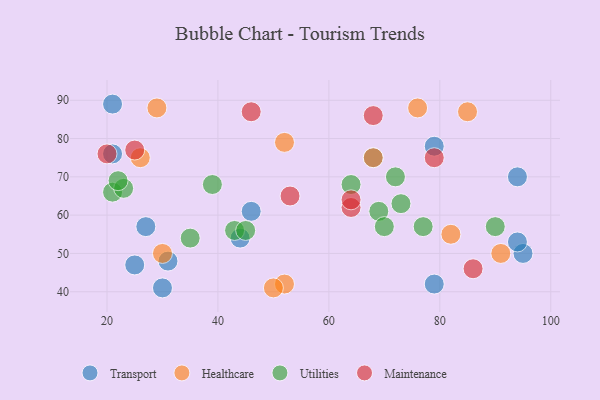
{"axis": {"x": "GDP", "y": "Life Expectancy"}, "legend": ["Healthcare", "Maintenance", "Transport", "Utilities"], "data": [{"x": "46", "y": 61, "type": "Transport"}, {"x": "68", "y": 75, "type": "Transport"}, {"x": "94", "y": 70, "type": "Transport"}, {"x": "21", "y": 89, "type": "Transport"}, {"x": "95", "y": 50, "type": "Transport"}, {"x": "25", "y": 47, "type": "Transport"}, {"x": "94", "y": 53, "type": "Transport"}, {"x": "44", "y": 54, "type": "Transport"}, {"x": "31", "y": 48, "type": "Transport"}, {"x": "79", "y": 78, "type": "Transport"}, {"x": "21", "y": 76, "type": "Transport"}, {"x": "30", "y": 41, "type": "Transport"}, {"x": "27", "y": 57, "type": "Transport"}, {"x": "79", "y": 42, "type": "Transport"}, {"x": "26", "y": 75, "type": "Healthcare"}, {"x": "52", "y": 42, "type": "Healthcare"}, {"x": "91", "y": 50, "type": "Healthcare"}, {"x": "68", "y": 75, "type": "Healthcare"}, {"x": "30", "y": 50, "type": "Healthcare"}, {"x": "52", "y": 79, "type": "Healthcare"}, {"x": "76", "y": 88, "type": "Healthcare"}, {"x": "50", "y": 41, "type": "Healthcare"}, {"x": "82", "y": 55, "type": "Healthcare"}, {"x": "29", "y": 88, "type": "Healthcare"}, {"x": "85", "y": 87, "type": "Healthcare"}, {"x": "21", "y": 66, "type": "Utilities"}, {"x": "90", "y": 57, "type": "Utilities"}, {"x": "43", "y": 56, "type": "Utilities"}, {"x": "77", "y": 57, "type": "Utilities"}, {"x": "73", "y": 63, "type": "Utilities"}, {"x": "35", "y": 54, "type": "Utilities"}, {"x": "23", "y": 67, "type": "Utilities"}, {"x": "69", "y": 61, "type": "Utilities"}, {"x": "22", "y": 69, "type": "Utilities"}, {"x": "64", "y": 68, "type": "Utilities"}, {"x": "70", "y": 57, "type": "Utilities"}, {"x": "39", "y": 68, "type": "Utilities"}, {"x": "72", "y": 70, "type": "Utilities"}, {"x": "45", "y": 56, "type": "Utilities"}, {"x": "79", "y": 75, "type": "Maintenance"}, {"x": "68", "y": 86, "type": "Maintenance"}, {"x": "64", "y": 62, "type": "Maintenance"}, {"x": "25", "y": 77, "type": "Maintenance"}, {"x": "20", "y": 76, "type": "Maintenance"}, {"x": "53", "y": 65, "type": "Maintenance"}, {"x": "46", "y": 87, "type": "Maintenance"}, {"x": "86", "y": 46, "type": "Maintenance"}, {"x": "64", "y": 64, "type": "Maintenance"}]}